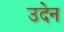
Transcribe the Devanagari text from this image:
उदेन